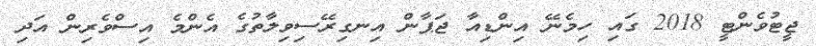
ޖީޓުވެންޓީ 2018 ގައި ހިމެނޭ އިންޑިއާ ޖަޕާން އިނގިރޭސިވިލާތުގެ އެންމެ އިސްވެރިން އަދި